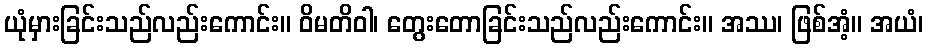
ယုံမှားခြင်းသည်လည်းကောင်း။ ဝိမတိဝါ၊ တွေးတောခြင်းသည်လည်းကောင်း။ အဿ၊ ဖြစ်အံ့။ အယံ၊